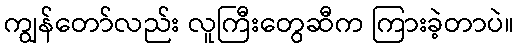
ကျွန်တော်လည်း လူကြီးတွေဆီက ကြားခဲ့တာပဲ။